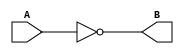
module NOT_G(A,B);
input A;
output B;
assign B=~A;


endmodule